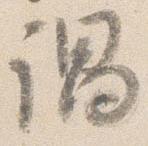
謂